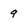
Character: 9